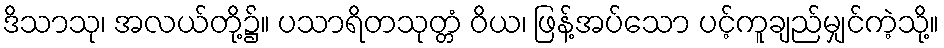
ဒိသာသု၊ အလယ်တို့၌။ ပသာရိတသုတ္တံ ဝိယ၊ ဖြန့်အပ်သော ပင့်ကူချည်မျှင်ကဲ့သို့။